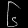
Digit: ၆